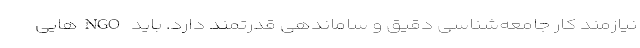
نیازمند کار جامعه‌شناسی دقیق و ساماندهی قدرتمند دارد. باید NGOهایی